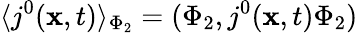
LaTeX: \langle j^{0}({\mathbf x},t)\rangle_{\Phi_{2}}=(\Phi_{2},j^{0}({\mathbf x},t)\Phi_{2})